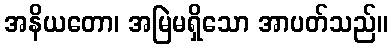
အနိယတော၊ အမြဲမရှိသော အာပတ်သည်။